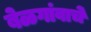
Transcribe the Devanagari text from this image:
बेळगांवाचे